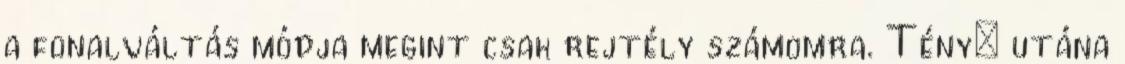
a fonalváltás módja megint csak rejtély számomra. Tény: utána